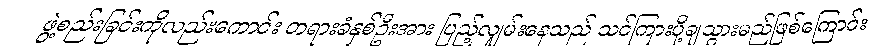
ဖွဲ့စည်းခြင်းကိုလည်းကောင်း တရားခံနှစ်ဦးအား ပြည့်လျှမ်းနေသည် သင်ကြားပို့ချသွားမည်ဖြစ်ကြောင်း